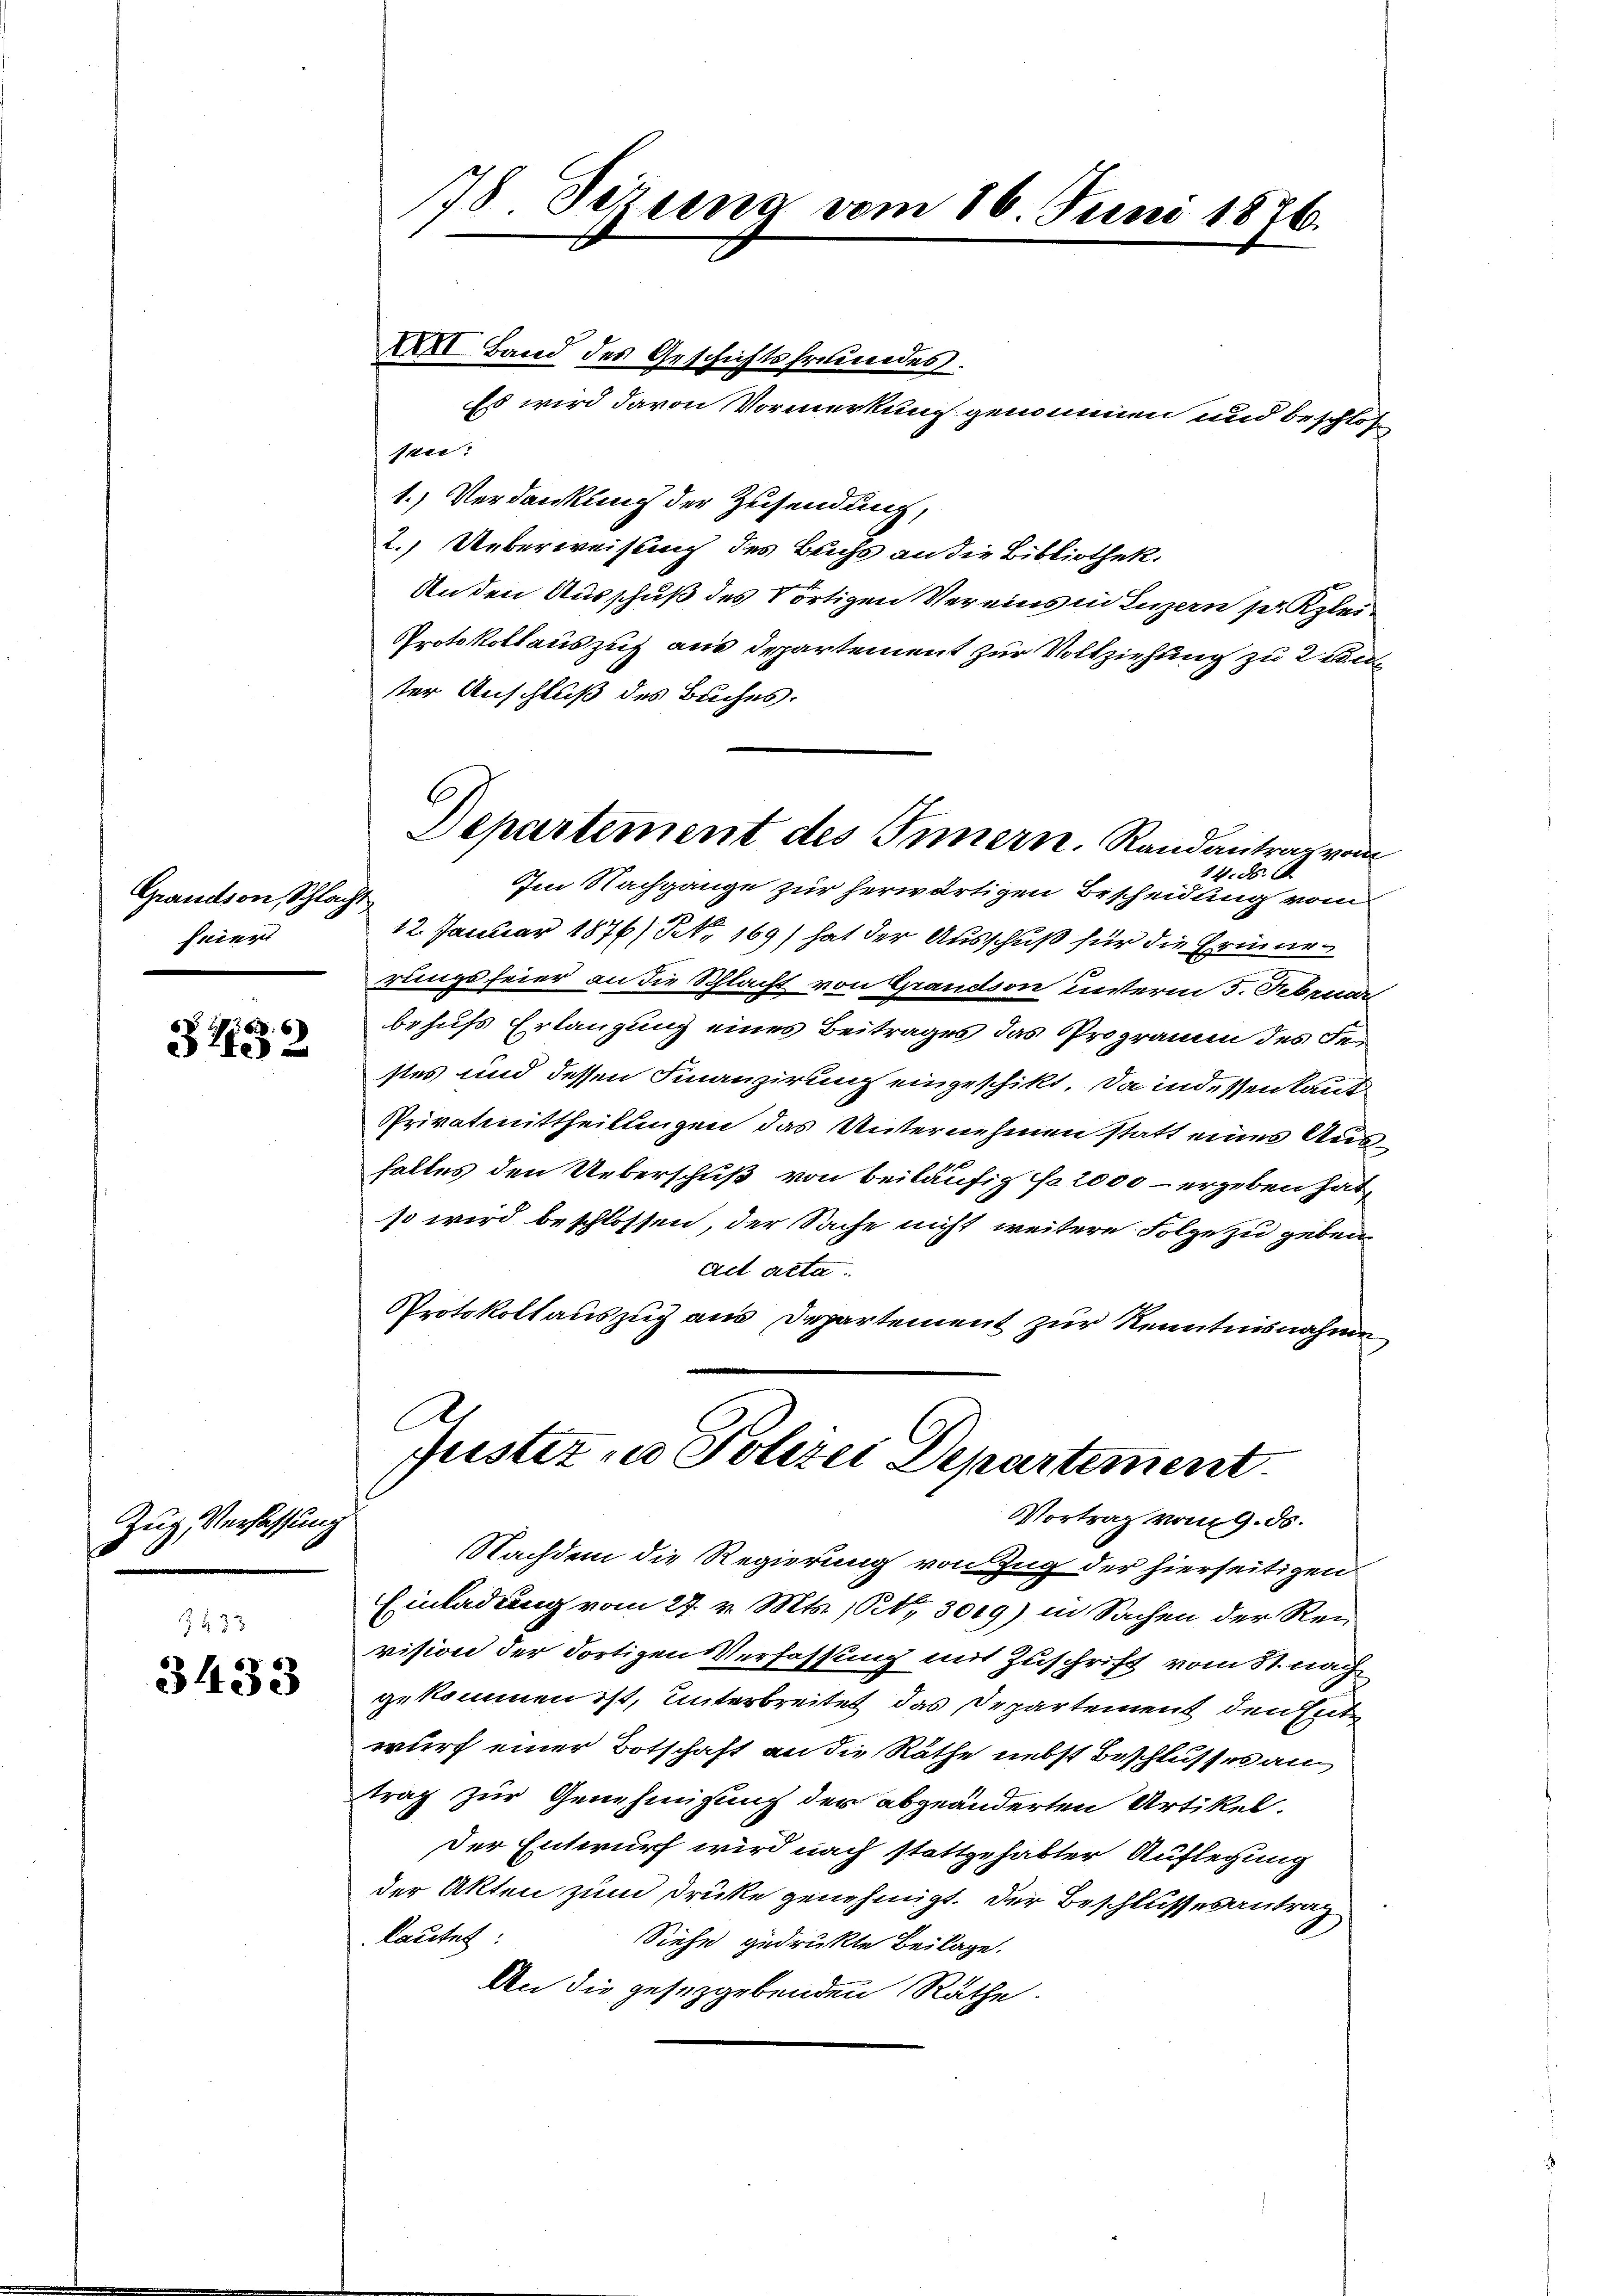
Grandson, Schlacht
Prinzi

342

Zug, Verfassung

3433

178 Dezung vom 16. Juni 1876.

XXI. Band des Geschichtsfreundes.
Es wird davon Vormerkung genommen und beschloß
sen:
1.) Verdankung der Zusendung,
2. Ueberweisung des Buchs an die Bibliothek.
Anden Ausschuß des dortigen Vereins in Luzern pr Kzlei-
Protokollauszug aus Departement zur Vollziehung zu 2 un
ter Anschluß des Buches.
14. d. 6.
12. Januar 1876/ Petr. 169) hat der Ausschuß für die Erinnerrungsfeier an die Schlacht von Grandson unterm 3. Februar
behufs Erlangung eines Beitrages das Programm des Festes und dessen Finanzierung eingeschikt. Da inde Verkaut
Privatmittheilungen das Unternehmen statt eines Ausfalles den Ueberschuß von beiläufig a 2000 - ergeben hat,
so wird beschlossen, der Sache nicht weitere Folge zu geben
Act acta.
Protokollauszug aus Departement zur Kenntnisnahmen
Justiz in Polizei Departement
Vortrag vom 9. ds.
Nachdem die Regierung von Zug der hierseitigen
Einladung vom 27. v. Mts. St. 3019) in Sachen der Reivision der dortigen Verfassung mit Zuschrift vom 31. nach
gekommen ist, unterbreitet das Departement den Ent
wurf einer Botschaft an die Räthe nebst Beschlusses an
trag zur Genehmigung der abgeänderten Artikel.
Der Entwurf wird nach stattgehabter Auflegung
der Akten zum Druke genehmigt. Der Beschlussesantrag
kautet:
Siehe gedruckte Beilage.
An die gesetzgebenden Räthe.

Departement des Innern. Randantrag vom
Im Nachgange zur herwärtigen Bescheidung vom